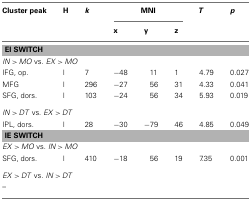
<table><thead><tr><td><b>Cluster peak</b></td><td><b>H</b></td><td><b><i>k</i></b></td><td colspan="3"><b>MNI</b></td><td><b><i>T</i></b></td><td><b><i>p</i></b></td></tr><tr><td></td><td></td><td></td><td><b>x</b></td><td><b>y</b></td><td><b>z</b></td><td></td></tr></thead><tbody><tr><td colspan="8"><b>EI SWITCH</b></td></tr><tr><td colspan="8"><i>IN</i> &gt; <i>MO</i> vs. <i>EX</i> &gt; <i>MO</i></td></tr><tr><td>IFG, op.</td><td>l</td><td>7</td><td>−48</td><td>11</td><td>1</td><td>4.79</td><td>0.027</td></tr><tr><td>MFG</td><td>l</td><td>296</td><td>−27</td><td>56</td><td>31</td><td>4.33</td><td>0.041</td></tr><tr><td>SFG, dors.</td><td>l</td><td>103</td><td>−24</td><td>56</td><td>34</td><td>5.93</td><td>0.019</td></tr><tr><td colspan="8"><i>IN</i> &gt; <i>DT</i> vs. <i>EX</i> &gt; <i>DT</i></td></tr><tr><td>IPL, dors.</td><td>l</td><td>28</td><td>−30</td><td>−79</td><td>46</td><td>4.85</td><td>0.049</td></tr><tr><td colspan="8"><b>IE SWITCH</b></td></tr><tr><td colspan="8"><i>EX</i> &gt; <i>MO</i> vs. <i>IN</i> &gt; <i>MO</i></td></tr><tr><td>SFG, dors.</td><td>l</td><td>410</td><td>−18</td><td>56</td><td>19</td><td>7.35</td><td>0.001</td></tr><tr><td colspan="8"><i>EX</i> &gt; <i>DT</i> vs. <i>IN</i> &gt; <i>DT</i></td></tr><tr><td colspan="8">–</td></tr></tbody></table>